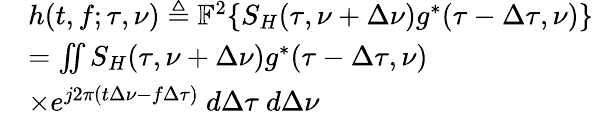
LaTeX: \begin{array}{rl}&{h(t,f;\tau,\nu)\triangleq\mathbb{F}^{2}\{ S_{H}(\tau,\nu+\Delta\nu)g^{*}(\tau-\Delta\tau,\nu)\} }\\ &{=\iint S_{H}(\tau,\nu+\Delta\nu)g^{*}(\tau-\Delta\tau,\nu)}\\ &{\times e^{j2\pi(t\Delta\nu-f\Delta\tau)}~d\Delta\tau~d\Delta\nu}\end{array}